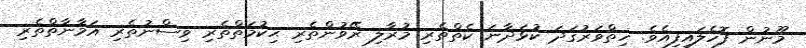
މޫނުން ފޮހެލައިފިއެވެ. ހިތްވަރުގަދަ ކުޅަދާނަ ކެތްތެރި މުރާލި ރޭވުންތެރި ޙިކުމަތްތެރި ވިސްނުތެރި އަމާނާތްތެރި